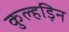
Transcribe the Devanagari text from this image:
कुल्‍हड़िन